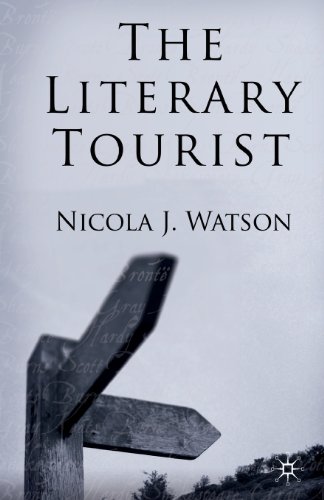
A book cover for The Literary Tourist: Readers and Places in Romantic and Victorian Britain; Nicola J. Watson; Romance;